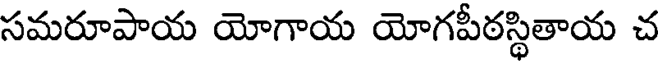
సమరూపాయ యోగాయ యోగపీఠస్థితాయ చ